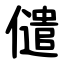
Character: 儙